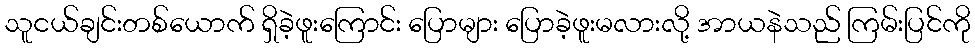
သူငယ်ချင်းတစ်ယောက် ရှိခဲ့ဖူးကြောင်း ပြောများ ပြောခဲ့ဖူးမလားလို့ အာယနဲသည် ကြမ်းပြင်ကို